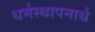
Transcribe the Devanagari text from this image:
धर्मस्थापनार्थ